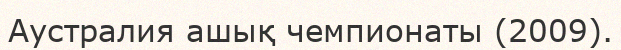
Аустралия ашық чемпионаты (2009).